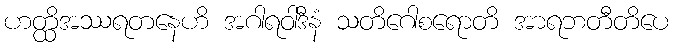
ဟတ္ထိအဿရတနေဟိ အဂါရဝါဒီနံ သတိဂေါစရောတိ အာရဘတီတိပေ